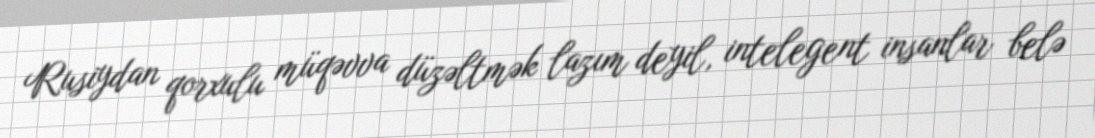
Rusiydan qorxulu müqəvva düzəltmək lazım deyil, intelegent insanlar belə